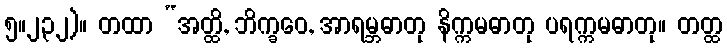
၅။၂၃၂)။ တထာ “အတ္ထိ, ဘိက္ခဝေ, အာရမ္ဘဓာတု နိက္ကမဓာတု ပရက္ကမဓာတု။ တတ္ထ